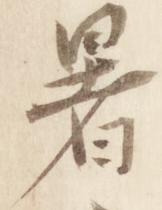
暑